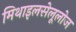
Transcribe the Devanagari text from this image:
मिथाइलसेलूलोज